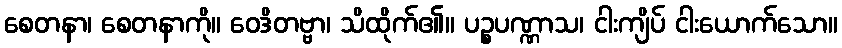
စေတနာ၊ စေတနာကို။ ဝေဒိတဗ္ဗာ၊ သိထိုက်၏။ ပဉ္စပဏ္ဏာသ၊ ငါးကျိပ် ငါးယောက်သော။